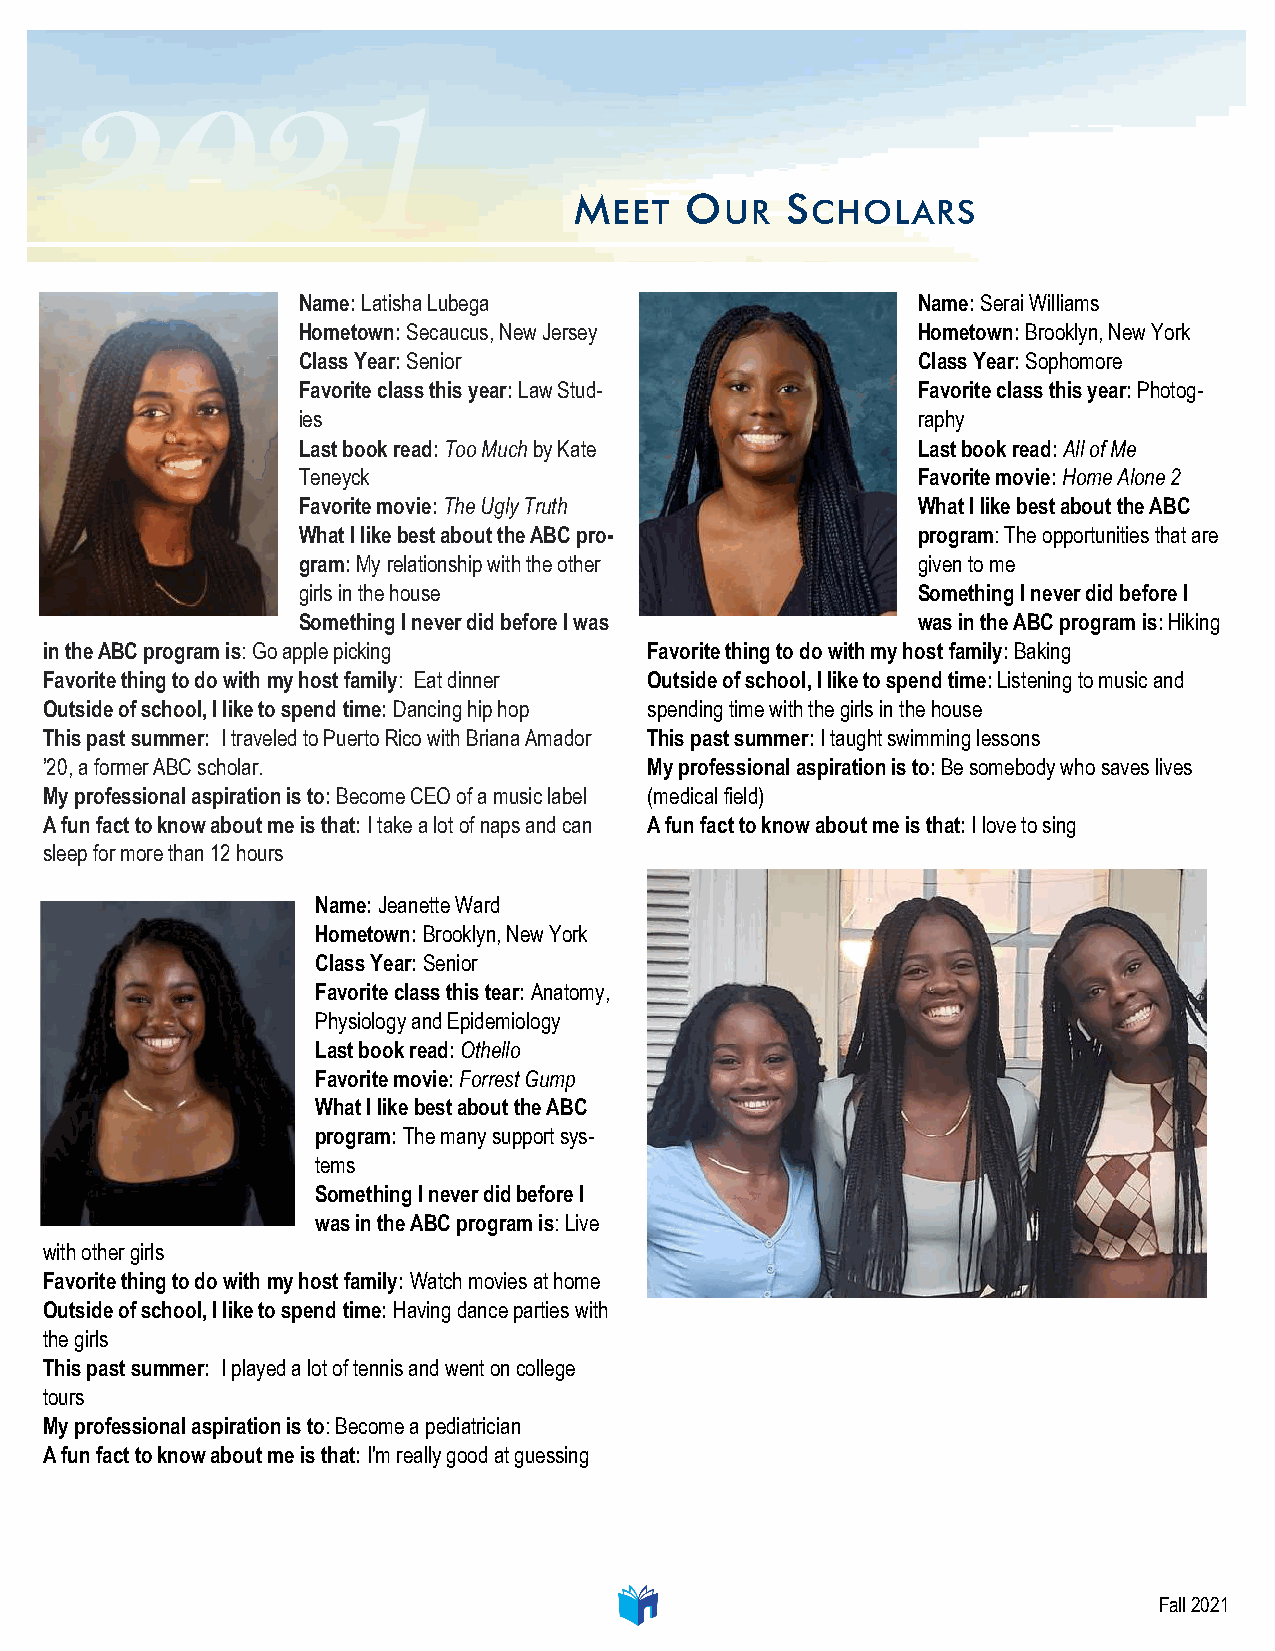
M
 EET
 O
 UR
 S
 CHOLARS
 Name: Latisha Lubega                     Name: Serai Williams
 Hometown: Secaucus, New Jersey           Hometown: Brooklyn, New York
 Class Year: Senior                       Class Year: Sophomore
 Favorite class this year: Law Stud-      Favorite class this year: Photog-
 ies                                      raphy
 Last book read: Too Much by Kate         Last book read: All of Me
 Teneyck                                  Favorite movie: Home Alone 2
 Favorite movie: The Ugly Truth           What I like best about the ABC
 What I like best about the ABC pro-      program: The opportunities that are
 gram: My relationship with the other     given to me
 girls in the house                       Something I never did before I
 Something I never did before I was       was in the ABC program is: Hiking
 in the ABC program is: Go apple picking Favorite thing to do with my host family: Baking
 Favorite thing to do with my host family: Eat dinner Outside of school, I like to spend time: Listening to music and
 Outside of school, I like to spend time: Dancing hip hop spending time with the girls in the house
 This past summer: I traveled to Puerto Rico with Briana Amador This past summer: I taught swimming lessons
 ’20, a former ABC scholar.              My professional aspiration is to: Be somebody who saves lives
 My professional aspiration is to: Become CEO of a music label (medical field)
 A fun fact to know about me is that: I take a lot of naps and can A fun fact to know about me is that: I love to sing
 sleep for more than 12 hours
 Name: Jeanette Ward
 Hometown: Brooklyn, New York
 Class Year: Senior
 Favorite class this tear: Anatomy,
 Physiology and Epidemiology
 Last book read: Othello
 Favorite movie: Forrest Gump
 What I like best about the ABC
 program: The many support sys-
 tems
 Something I never did before I
 was in the ABC program is: Live
 with other girls
 Favorite thing to do with my host family: Watch movies at home
 Outside of school, I like to spend time: Having dance parties with
 the girls
 This past summer: I played a lot of tennis and went on college
 tours
 My professional aspiration is to: Become a pediatrician
 A fun fact to know about me is that: I'm really good at guessing
 Fall 2021